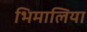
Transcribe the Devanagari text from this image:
भिमालिया